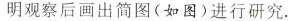
明观察后画出简图(如图)进行研究.